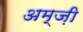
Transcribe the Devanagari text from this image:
अम्ज़ी